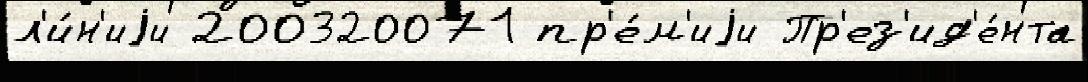
л'и́н'иjи 200320071 пр'е́м'иjи Пр'ез'ид'е́нта